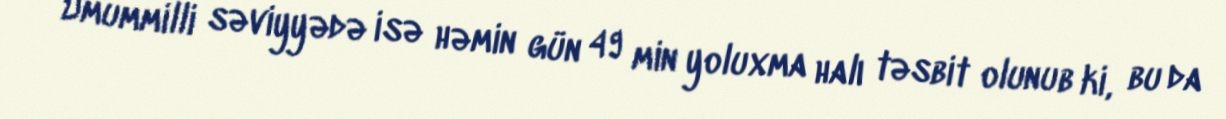
Ümummilli səviyyədə isə həmin gün 49 min yoluxma halı təsbit olunub ki, bu da